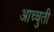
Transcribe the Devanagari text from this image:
आच्चुती